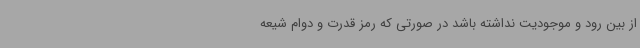
از بین رود و موجودیت نداشته باشد در صورتی که رمز قدرت و دوام شیعه